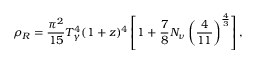
\rho _ { R } = { \frac { \pi ^ { 2 } } { 1 5 } } T _ { \gamma } ^ { 4 } ( 1 + z ) ^ { 4 } \left[ 1 + { \frac { 7 } { 8 } } N _ { \nu } \left( { \frac { 4 } { 1 1 } } \right) ^ { \frac { 4 } { 3 } } \right] ,